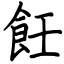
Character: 飪